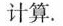
计算.